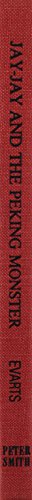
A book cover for Jay-Jay and the Peking Monster; Hal G. Evarts; Teen & Young Adult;